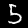
Label: 5